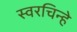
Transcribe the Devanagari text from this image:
स्वरचिन्हे